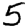
Digit: 5